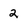
Character: 2